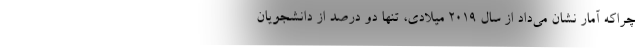
چراکه آمار نشان می‌داد از سال ۲۰۱۹ میلادی،‌ تنها دو درصد از دانشجویان